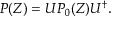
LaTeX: P ( Z ) = U P _ { 0 } ( Z ) U ^ { \dag } .